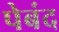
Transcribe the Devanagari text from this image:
पेबंद